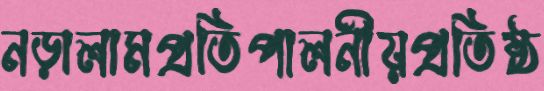
নড়ালামপ্রতিপালনীয়প্রতিষ্ঠ